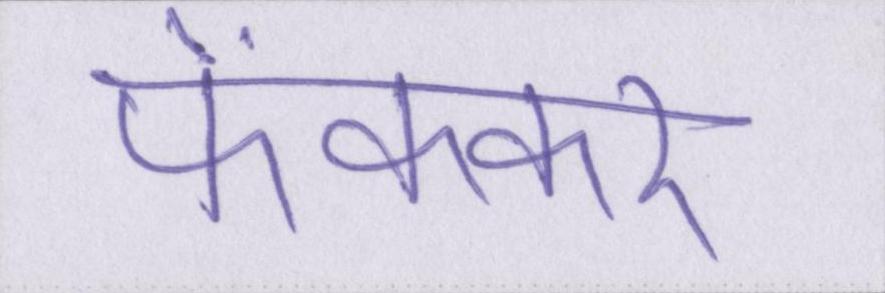
फेंककर